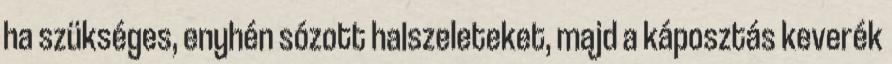
ha szükséges, enyhén sózott halszeleteket, majd a káposztás keverék